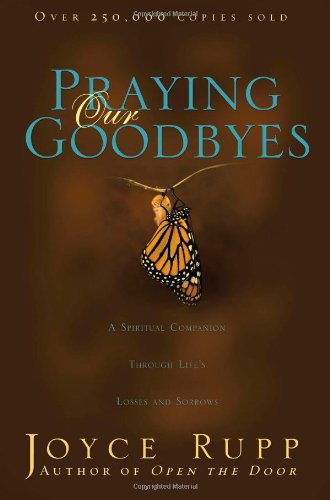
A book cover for Praying Our Goodbyes: A Spiritual Companion Through Life's Losses and Sorrows; Rupp Joyce ; Christian Books & Bibles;